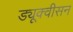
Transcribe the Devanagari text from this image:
ड्यूक्वीसन